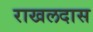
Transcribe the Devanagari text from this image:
राखलदास